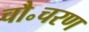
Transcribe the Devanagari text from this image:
चौ॰चरण